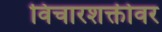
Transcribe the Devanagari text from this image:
विचारशक्तीवर